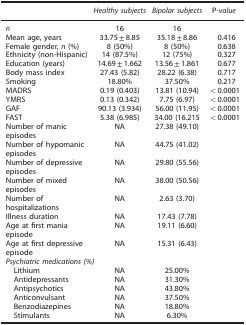
|  | Healthy subjects | Bipolar subjects | P-value |
 | --- | --- | --- | --- |
 | n | 16 | 16 |  |
 | Mean age, years | 33.75±8.85 | 35.18±8.86 | 0.416 |
 | Female gender, n (%) | 8 (50%) | 8 (50%) | 0.638 |
 | Ethnicity (non-Hispanic) | 14 (87.5%) | 12 (75%) | 0.327 |
 | Education (years) | 14.69±1.662 | 13.56±1.861 | 0.677 |
 | Body mass index | 27.43 (5.82) | 28.22 (6.38) | 0.717 |
 | Smoking | 18.80% | 37.50% | 0.217 |
 | MADRS | 0.19 (0.403) | 13.81 (10.94) | <0.0001 |
 | YMRS | 0.13 (0.342) | 7.75 (6.97) | <0.0001 |
 | GAF | 90.13 (3.934) | 56.00 (11.95) | <0.0001 |
 | FAST | 5.38 (6.985) | 34.00 (16.215 | <0.0001 |
 | Number of manic episodes | NA | 27.38 (49.10) |  |
 | Number of hypomanic episodes | NA | 44.75 (41.02) |  |
 | Number of depressive episodes | NA | 29.80 (55.56) |  |
 | Number of mixed episodes | NA | 38.00 (50.56) |  |
 | Number of hospitalizations | NA | 2.63 (3.70) |  |
 | Illness duration | NA | 17.43 (7.78) |  |
 | Age at first mania episode | NA | 19.11 (6.60) |  |
 | Age at first depressive episode | NA | 15.31 (6.43) |  |
 | <COLSPAN=4> Psychiatric medications (%) |
 | Lithium | NA | 25.00% |  |
 | Antidepressants | NA | 31.30% |  |
 | Antipsychotics | NA | 43.80% |  |
 | Anticonvulsant | NA | 37.50% |  |
 | Benzodiazepines | NA | 18.80% |  |
 | Stimulants | NA | 6.30% |  |